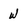
Character: W